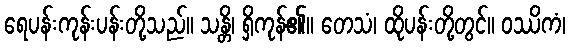
ရေပန်းကုန်းပန်းတို့သည်။ သန္တိ၊ ရှိကုန်၏။ တေသံ၊ ထိုပန်းတို့တွင်။ ဝဿိကံ၊